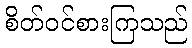
စိတ်ဝင်စားကြသည်